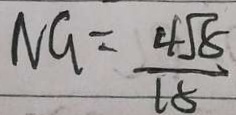
N G = \frac { 4 \sqrt { 8 } } { 1 5 }